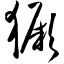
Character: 獗